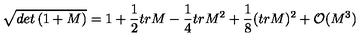
\sqrt { d e t \left( 1 + M \right) } = 1 + \frac { 1 } { 2 } t r M - \frac { 1 } { 4 } t r M ^ { 2 } + \frac { 1 } { 8 } ( t r M ) ^ { 2 } + { \cal O } ( M ^ { 3 } )